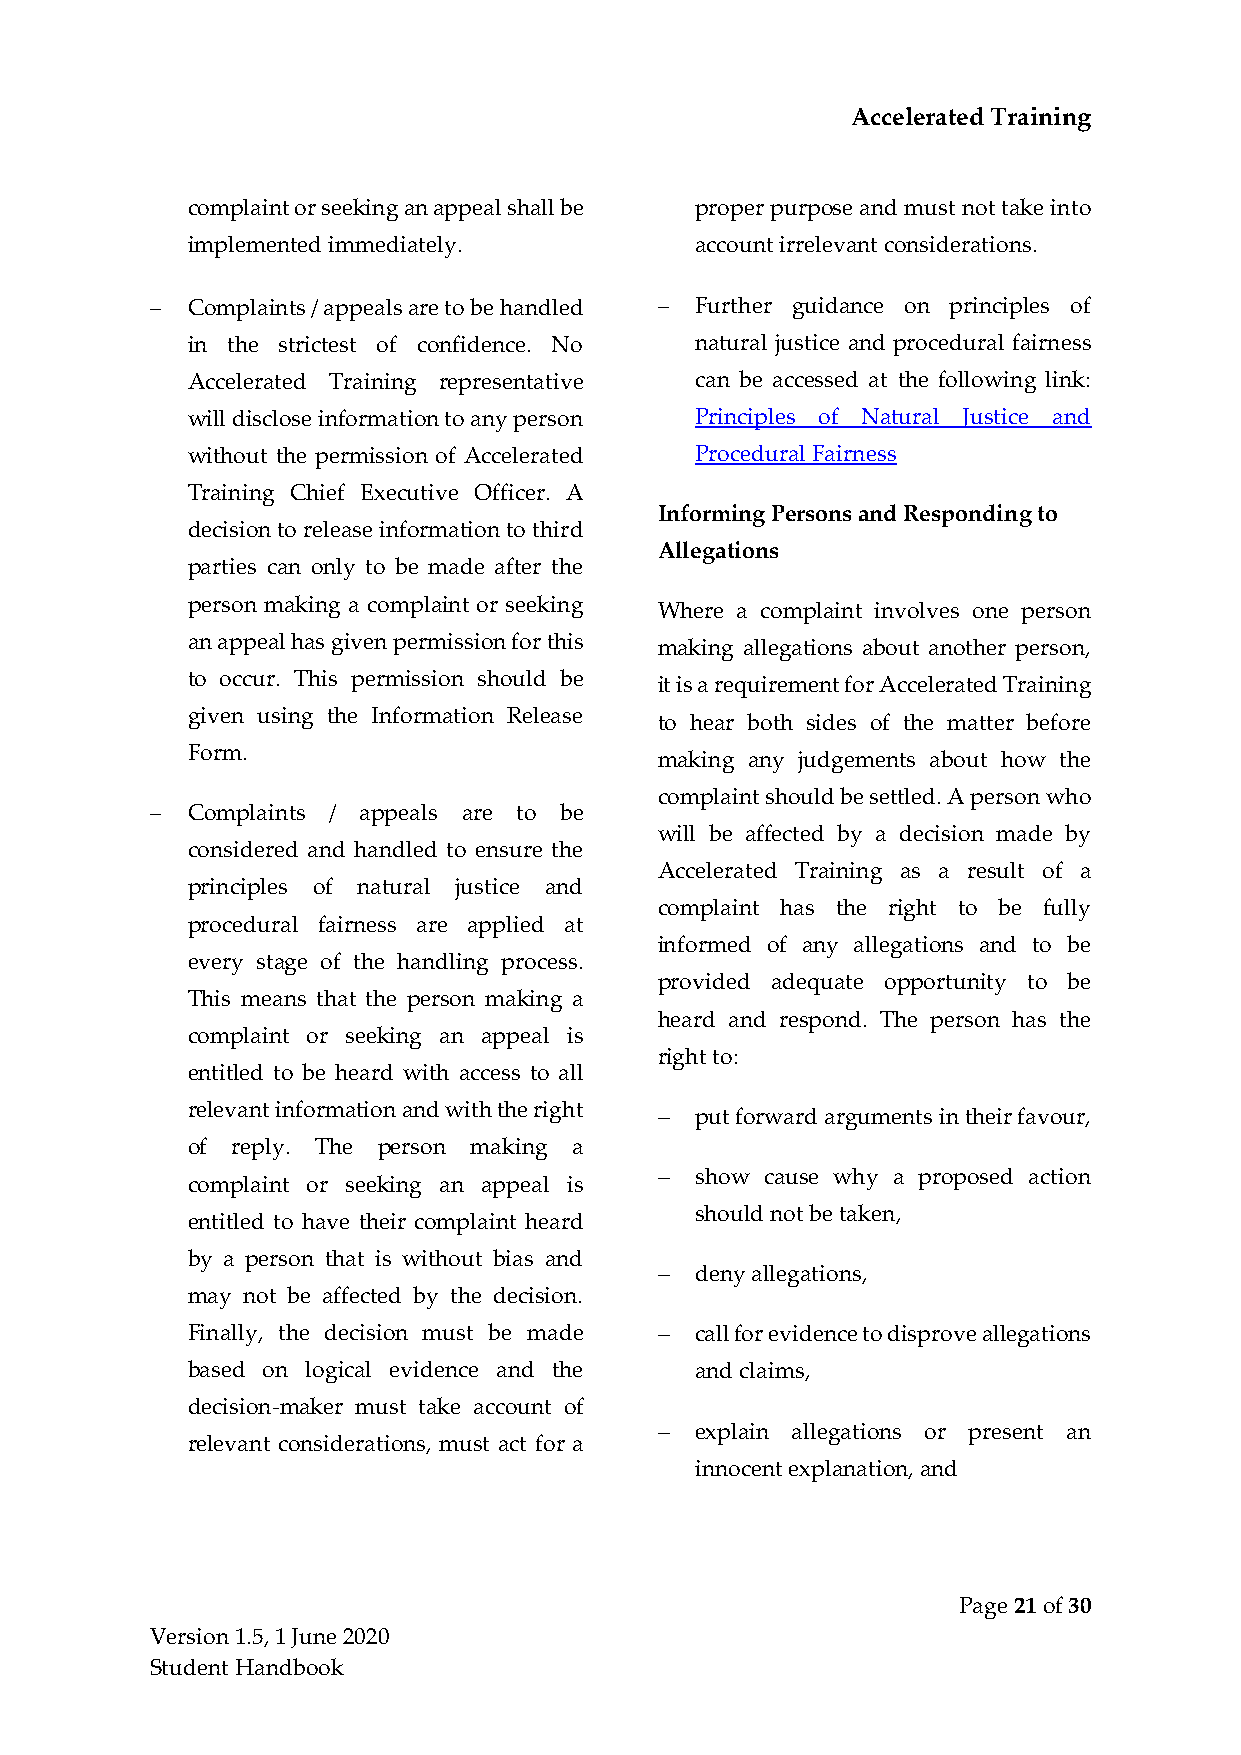
Accelerated Training
 complaint or seeking an appeal shall be proper purpose and must not take into
 implemented immediately.          account irrelevant considerations.
 − Complaints / appeals are to be handled − Further guidance on principles of
 in the strictest of confidence. No natural justice and procedural fairness
 Accelerated Training representative can be accessed at the following link:
 will disclose information to any person Principles of Natural Justice and
 without the permission of Accelerated Procedural Fairness
 Training Chief Executive Officer. A
 Informing Persons and Responding to
 decision to release information to third
 Allegations
 parties can only to be made after the
 person making a complaint or seeking
 Where a complaint involves one person
 an appeal has given permission for this
 making allegations about another person,
 to occur. This permission should be
 it is a requirement for Accelerated Training
 given using the Information Release
 to hear both sides of the matter before
 Form.
 making any judgements about how the
 complaint should be settled. A person who
 − Complaints / appeals are to be
 will be affected by a decision made by
 considered and handled to ensure the
 Accelerated Training as a result of a
 principles of natural justice and
 complaint has the right to be fully
 procedural fairness are applied at
 informed of any allegations and to be
 every stage of the handling process.
 provided adequate opportunity to be
 This means that the person making a
 heard and respond. The person has the
 complaint or seeking an appeal is
 right to:
 entitled to be heard with access to all
 relevant information and with the right − put forward arguments in their favour,
 of reply. The person making a
 − show cause why a proposed action
 complaint or seeking an appeal is
 should not be taken,
 entitled to have their complaint heard
 by a person that is without bias and
 − deny allegations,
 may not be affected by the decision.
 Finally, the decision must be made − call for evidence to disprove allegations
 based on logical evidence and the and claims,
 decision-maker must take account of
 − explain allegations or present an
 relevant considerations, must act for a
 innocent explanation, and
 Page 21 of 30
 Version 1.5, 1 June 2020
 Student Handbook